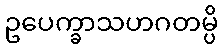
ဥပေက္ခာသဟဂတမ္ပိ